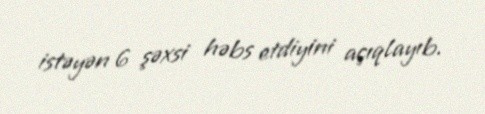
istəyən 6 şəxsi həbs etdiyini açıqlayıb.